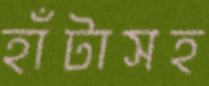
হাঁটাসহ